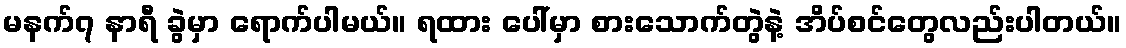
မနက်၇ နာရီ ခွဲမှာ ရောက်ပါမယ်။ ရထား ပေါ်မှာ စားသောက်တွဲနဲ့ အိပ်စင်တွေလည်းပါတယ်။